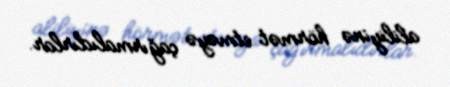
aliliyinə hörmət etməyə çağırmalıdırlar.